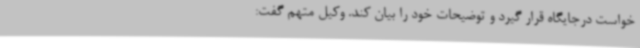
خواست درجایگاه قرار گیرد و توضیحات خود را بیان کند. وکیل متهم گفت: